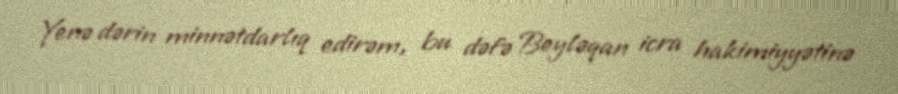
Yenə dərin minnətdarlıq edirəm, bu dəfə Beyləqan icra hakimiyyətinə